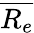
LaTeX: \overline{{R_{e}}}